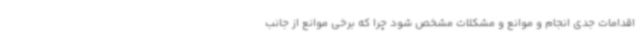
اقدامات جدی انجام و موانع و مشکلات مشخص شود چرا که برخی موانع از جانب